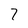
Character: 7